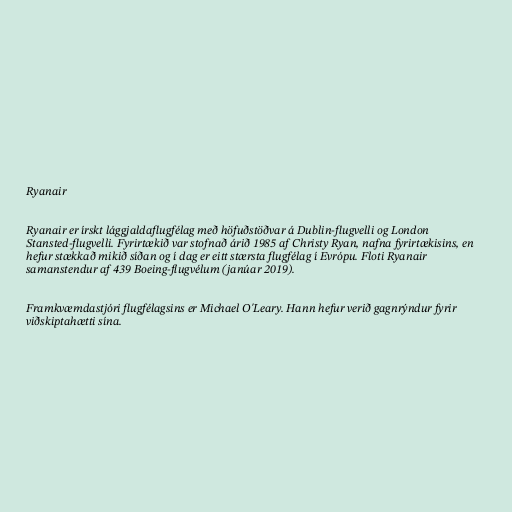
Ryanair

Ryanair er írskt lággjaldaflugfélag með höfuðstöðvar á Dublin-flugvelli og London
Stansted-flugvelli. Fyrirtækið var stofnað árið 1985 af Christy Ryan, nafna fyrirtækisins, en
hefur stækkað mikið síðan og í dag er eitt stærsta flugfélag í Evrópu. Floti Ryanair
samanstendur af 439 Boeing-flugvélum (janúar 2019).

Framkvæmdastjóri flugfélagsins er Michael O'Leary. Hann hefur verið gagnrýndur fyrir
viðskiptahætti sína.